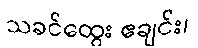
သခင်ထွေး ဧချင်း၊